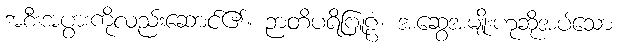
အစီးအပွားကိုလည်းဆောင်၏။ ဉာတိပရိဗြူဠံ၊ အဆွေအမျိုးဟုဆိုအပ်သော